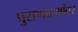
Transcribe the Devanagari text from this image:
पुराणकथांवर